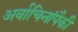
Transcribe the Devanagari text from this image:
अर्वाचिनांपैकी